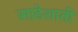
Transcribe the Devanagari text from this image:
साढेशाती